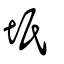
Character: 坁